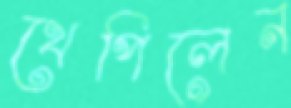
খেপিলেন